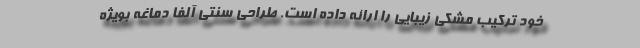
خود ترکیب مشکی زیبایی را ارائه داده است. طراحی سنتی آلفا دماغه بویژه